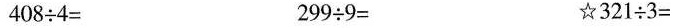
$$4 0 8 \div 4 =$$ $$2 9 9 \div 9 =$$ $$☆ 3 2 1 \div 3 = $$